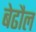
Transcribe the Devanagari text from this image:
बेढौल